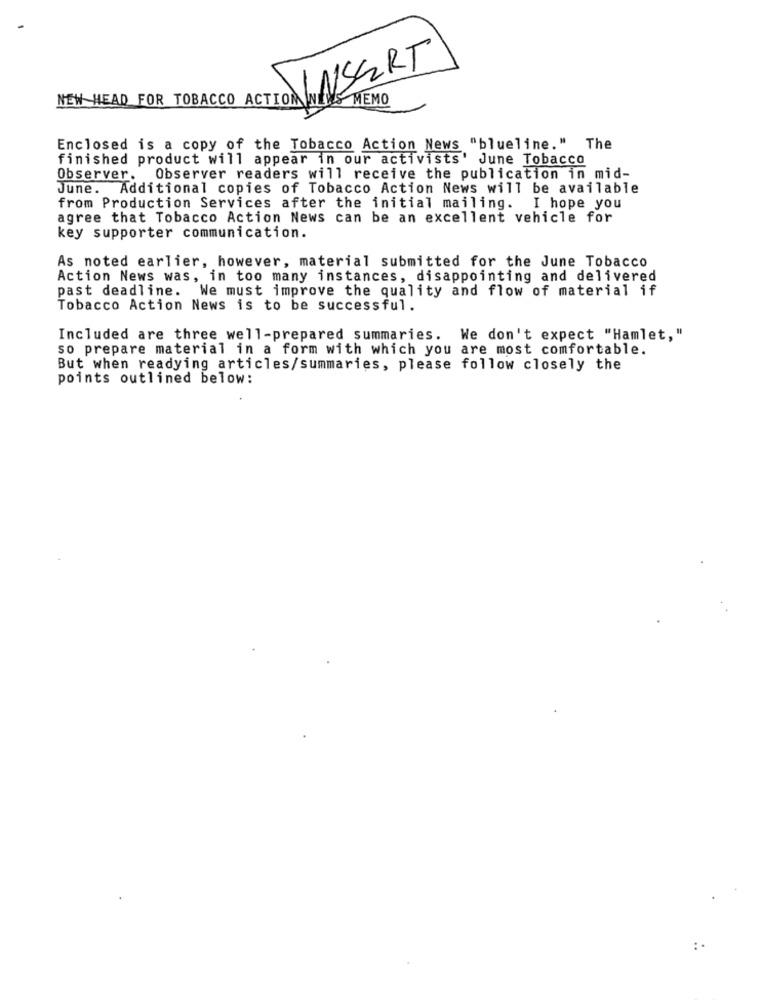
WINSERT
NEW HEAD FOR TOBACCO ACTIONINENS MEMO
Enclosed is a copy of the Tobacco Action News "blueline." The
finished product will appear in our activists' June Tobacco
Observer. Observer readers will receive the publication in mid-
June. Additional copies of Tobacco Action News will be available
from Production Services after the initial mailing. I hope you
agree that Tobacco Action News can be an excellent vehicle for
key supporter communication.
As noted earlier, however, material submitted for the June Tobacco
Action News was, in too many instances, disappointing and delivered
past deadline. We must improve the quality and flow of material if
Tobacco Action News is to be successful.
Included are three well-prepared summaries. We don't expect "Hamlet, "
so prepare material in a form with which you are most comfortable.
But when readying articles/summaries, please follow closely the
points outlined below: